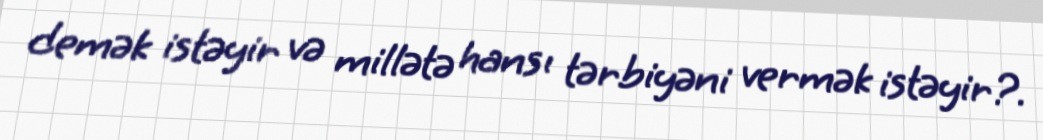
demək istəyir və millətə hansı tərbiyəni vermək istəyir?.